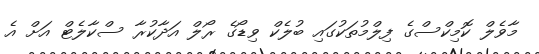
މާވެލް ކޮމިކްސްގެ ފިލްމުތަކުގައި ބުލެކް ވިޑޯގެ ރޯލް އަދާކުރާ ސްކާލެޓް އަށް އެ